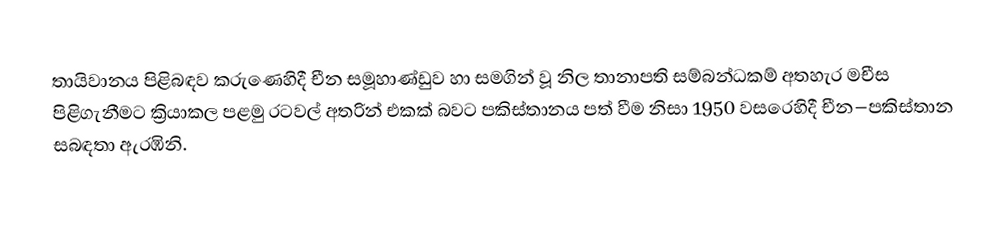
තායිවානය පිළිබඳව කරුණෙහිදී චීන සමූහාණ්ඩුව හා සමගින් වූ නිල තානාපති සම්බන්ධකම් අතහැර මචීස පිළිගැනීමට ක්‍රියාකල පළමු රටවල් අතරින් එකක් බවට  පකිස්තානය පත් වීම නිසා 1950 වසරෙහිදී චීන–පකිස්තාන සබඳතා ඇරඹිනි.